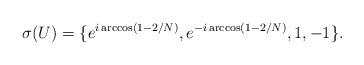
LaTeX: \begin{align*} \sigma(U) =\{e^{i \arccos (1 - 2/N)}, e^{-i \arccos (1 - 2/N)},1,-1\}.\end{align*}